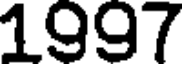
1997